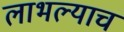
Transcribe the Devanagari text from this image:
लाभल्याचं